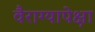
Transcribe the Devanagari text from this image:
वैराग्यापेक्षा